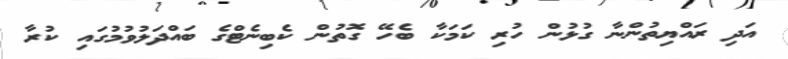
އަދި ރައްޔިތުންނާ ގުޅުން ހުރި ކަމަކާ ބެހޭ ގޮތުން ކެބިނެޓްގެ ބައްދަލުވުމުގައި ކުރާ